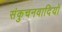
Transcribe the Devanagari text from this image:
संकुचनवादियों